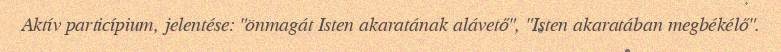
Aktív particípium, jelentése: "önmagát Isten akaratának alávető", "Isten akaratában megbékélő".